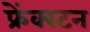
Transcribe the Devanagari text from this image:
फ्रेंक्स्टन